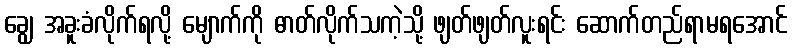
ချွေ အခူးခံလိုက်ရလို့ မျောက်ကို ဓာတ်လိုက်သကဲ့သို့ ဖျတ်ဖျတ်လူးရင်း ဆောက်တည်ရာမရအောင်